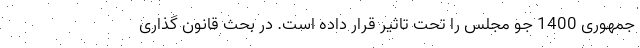
جمهوری 1400 جو مجلس را تحت تاثیر قرار داده است. در بحث قانون گذاری